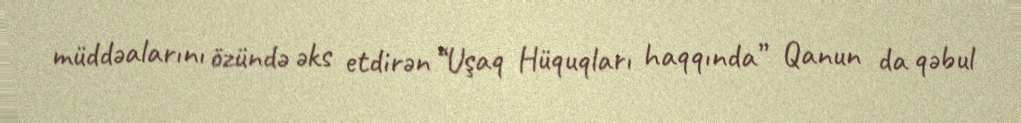
müddəalarını özündə əks etdirən “Uşaq Hüquqları haqqında” Qanun da qəbul